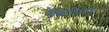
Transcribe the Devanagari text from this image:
विश्वविजयी